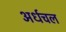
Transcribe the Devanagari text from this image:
अर्धचल